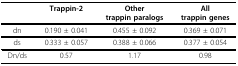
<table><thead><tr><td></td><td><b>Trappin-2</b></td><td><b>Othertrappin paralogs</b></td><td><b>Alltrappin genes</b></td></tr></thead><tbody><tr><td>dn</td><td>0.190 ± 0.041</td><td>0.455 ± 0.092</td><td>0.369 ± 0.071</td></tr><tr><td>ds</td><td>0.333 ± 0.057</td><td>0.388 ± 0.066</td><td>0.377 ± 0.054</td></tr><tr><td>Dn/ds</td><td>0.57</td><td>1.17</td><td>0.98</td></tr></tbody></table>